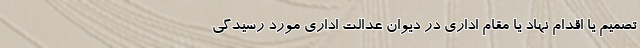
تصمیم یا اقدام نهاد یا مقام اداری در دیوان عدالت اداری مورد رسیدگی